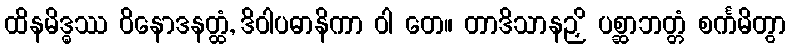
ထိနမိဒ္ဓဿ ဝိနောဒနတ္ထံ, ဒိဝါပဓာနိကာ ဝါ တေ။ တာဒိသာနဉှိ ပစ္ဆာဘတ္တံ စင်္ကမိတွာ